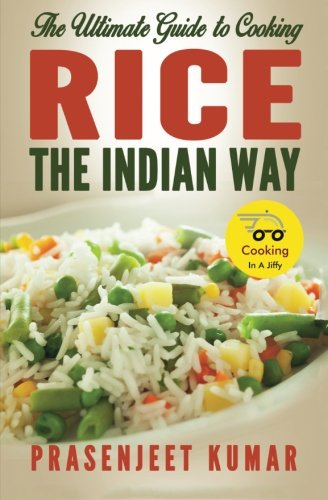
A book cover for The Ultimate Guide to Cooking Rice the Indian Way (How To Cook Everything In A Jiffy) (Volume 7); Prasenjeet Kumar; Cookbooks, Food & Wine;